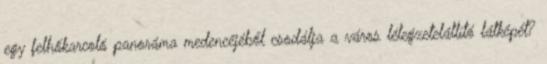
egy felhőkarcoló panoráma medencéjéből csodálja a város lélegzetelállító látképét?